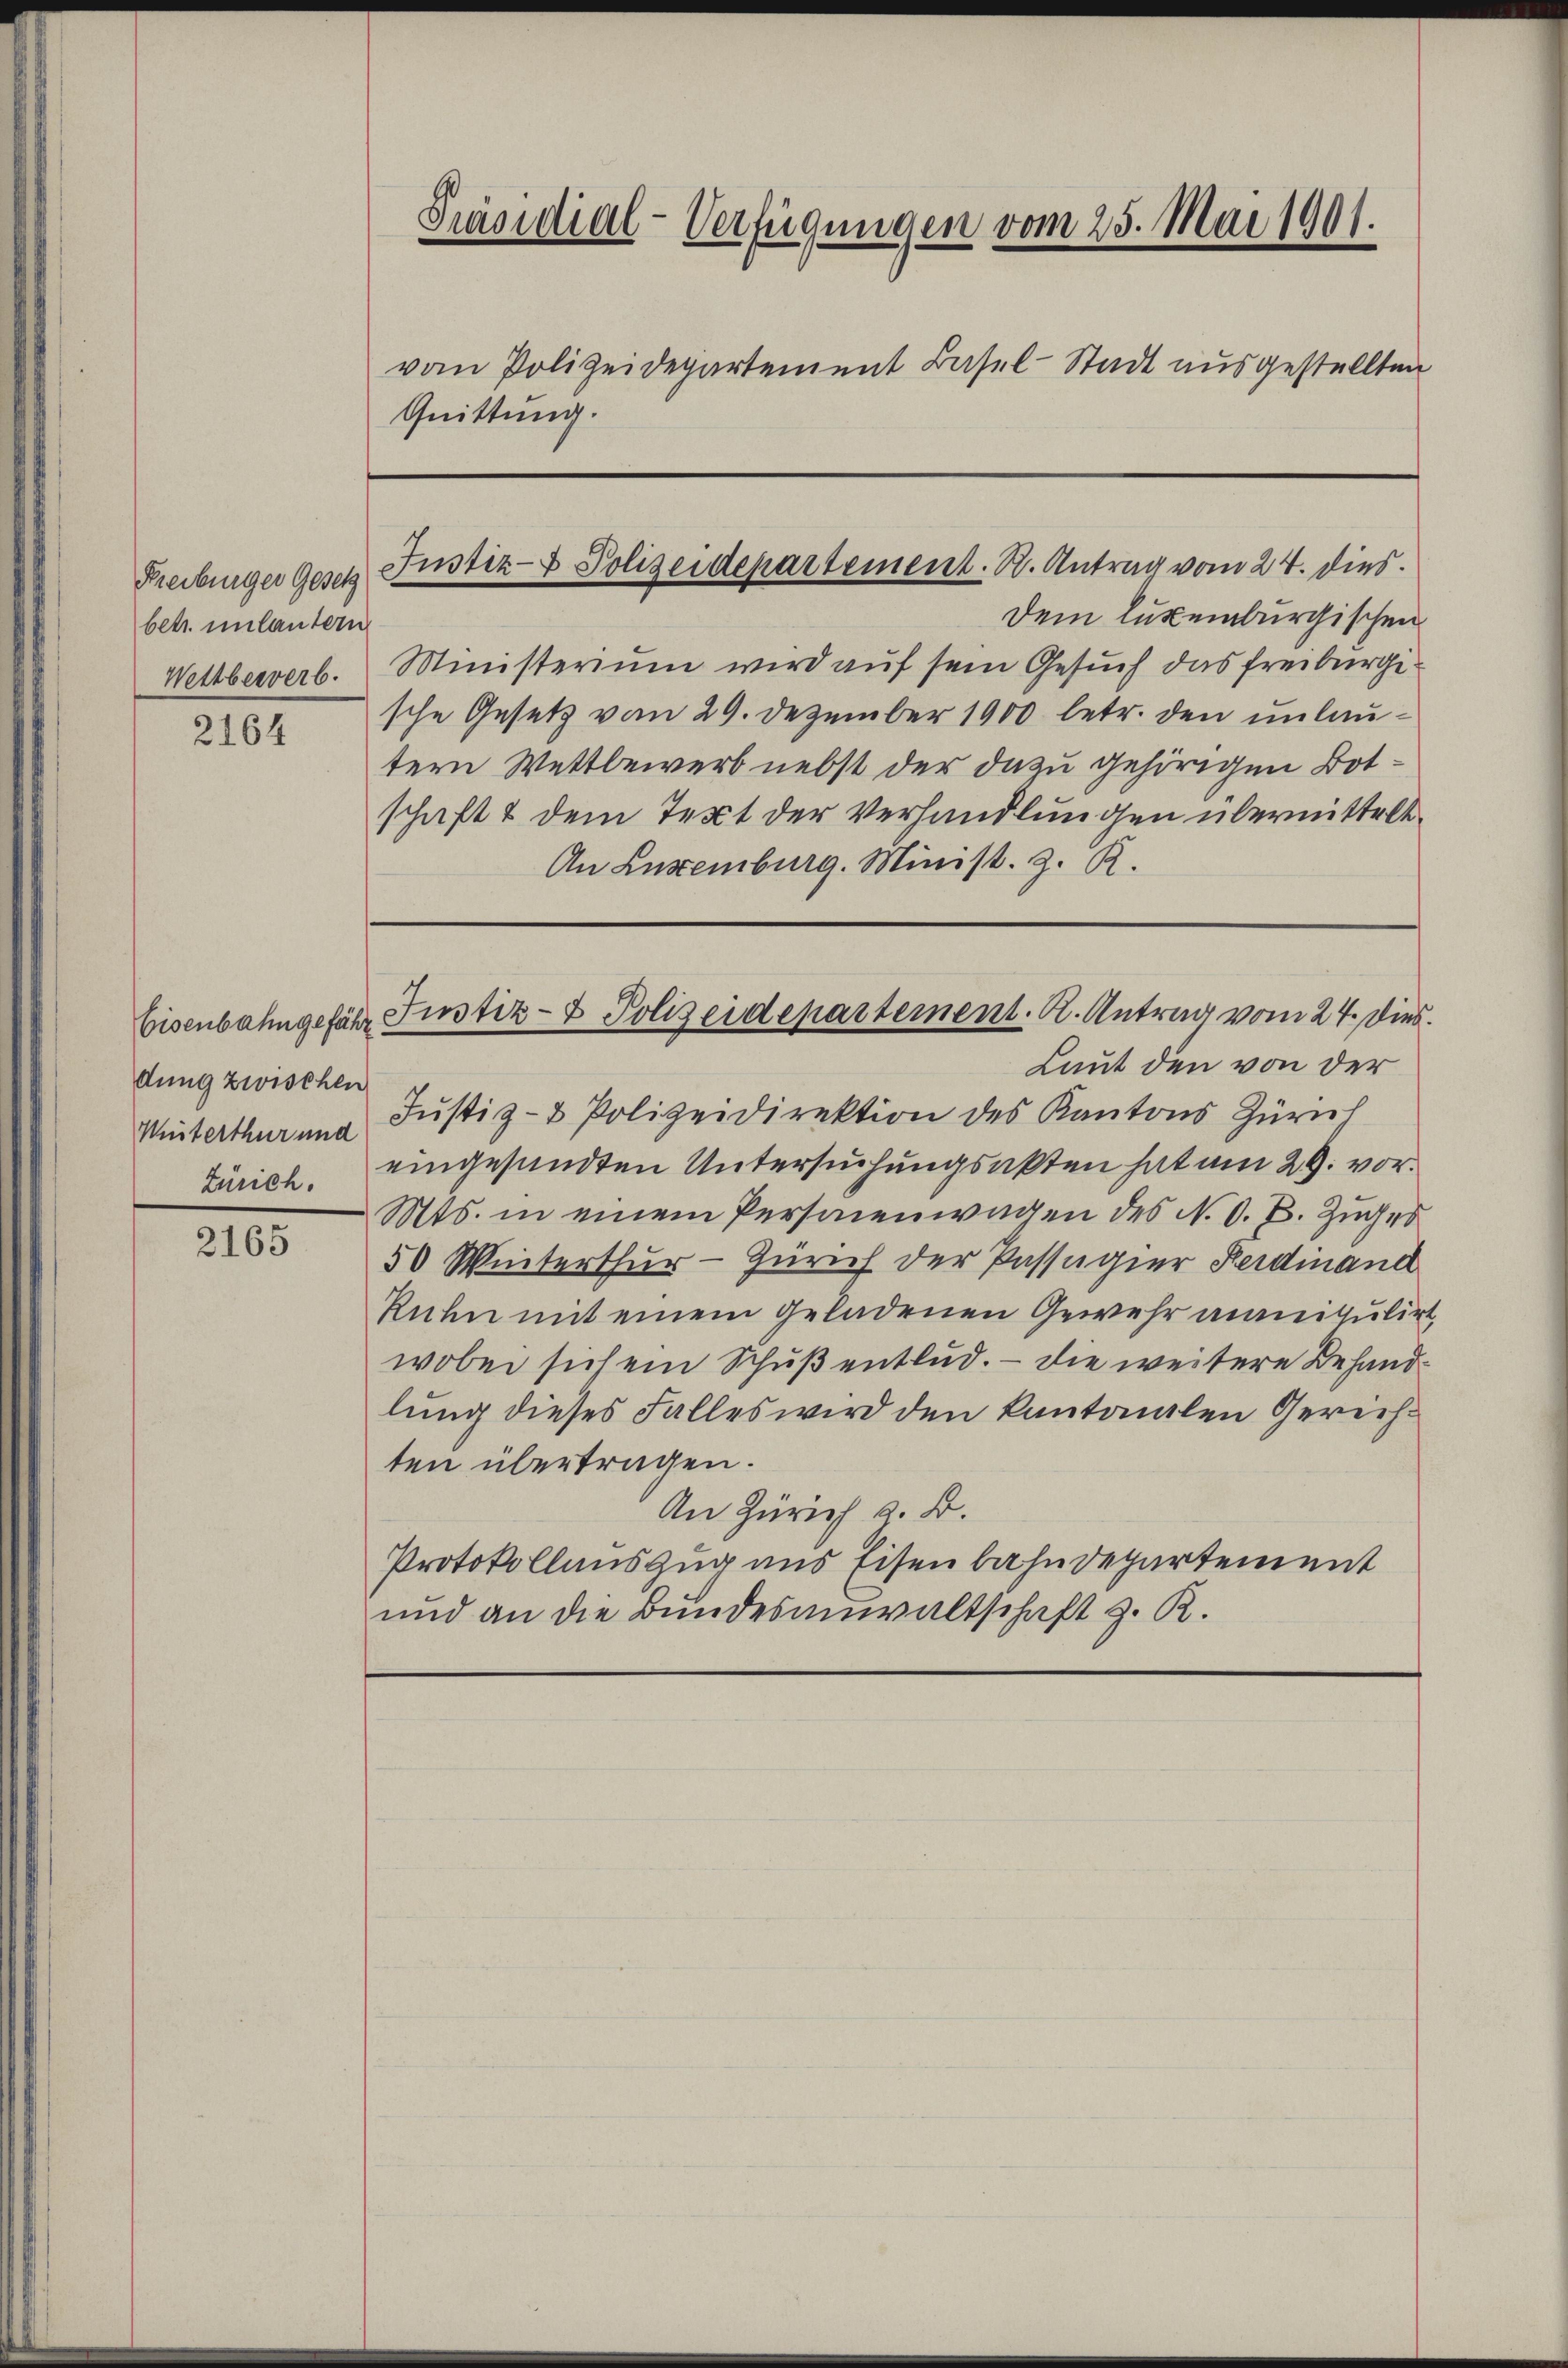
Freiburger Gesetz
betr. unlautern
Wettbewerb.

2164

dung zwischen
Miterthur und
Zürich.

2165

Präsidial-Verfügungen vom 25. Mai 1901.

vom Polizeidepartement Basel-Stadt ausgestellten
Quittung.

Justiz- & Polizeidepartement. St. Antrag vom 24. dies

tern Wettbewerb nebst der dazu gehörigen Botschaft & dem Text der Verhandlungen übermittelt.
An Luxenburg. Minist. z. R.

Dem luxenburgischen
Ministerium wird auf sein Gesuch das Freiburgische Gesetz vom 29. Dezember 1900 betr. den unlau¬
Laut den von der
Jŭstiz- & Polizeidirektion des Kantons Zürich
eingesandten Untersuchungsakten hat am 29. vor.
Mts. in einem Personenwagen des N. O. B. Zuges
50 Winterthur–Zürich der Passagier Ferdinand
Ruhn mit einem geladenen Gewehr anneigulirt,
wobei sich ein Schuß entlud. — Die weitere Behandlung dieses Falles wird den kantonalen Gerichten übertragen.
An Zürich z. B.
Protokollauszug aus Eisenbahndepartement
und an die Bundesanwaltschaft z. R.

Eisenbahngefähr Justiz- & Polizeidepartement. A. Antrag vom 24. Dies